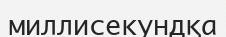
миллисекундқа